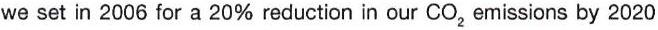
we set in 2006 for a 20% reduction in our CO2 emissions by 2020